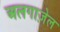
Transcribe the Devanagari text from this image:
अलगाज़ेल